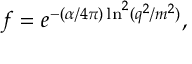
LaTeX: f = e ^ { - ( \alpha / 4 \pi ) \ln ^ { 2 } ( q ^ { 2 } / m ^ { 2 } ) } ,